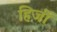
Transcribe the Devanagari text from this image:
हिर्जी